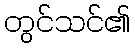
တွင်သင်၏